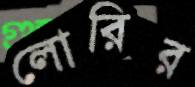
লোরির